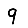
Digit: 9